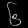
Digit: ၆